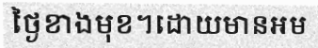
ថ្ងៃខាងមុខ។ដោយមានអម